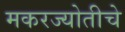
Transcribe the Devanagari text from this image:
मकरज्योतीचे